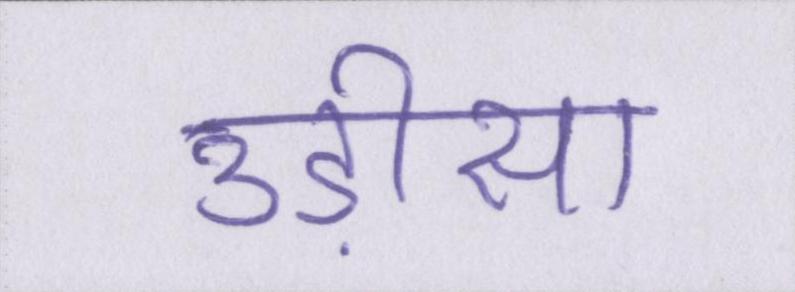
उड़ीसा